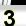
Digit: 3